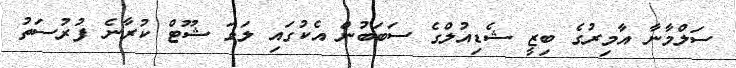
ސަލްމާނާ އާމިރުގެ ބިޒީ ޝެޑިއުލްގެ ސަބަބުން އެކުގައި ލަވަ ޝޫޓް ކުރާނެ ފުރުސަތު